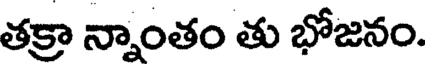
తక్రా న్నాంతం తు భోజనం.